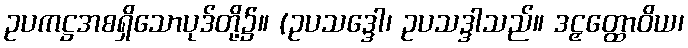
ဥပကဋ္ဌအစရှိသောပုဒ်တို့၌။ (ဥပသဒ္ဒေါ၊ ဥပသဒ္ဒါသည်။ ဒဠှတ္ထောဝိယ၊